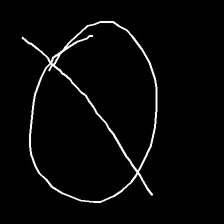
Glyph: orb